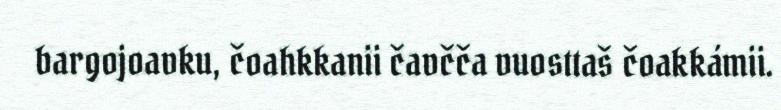
bargojoavku, čoahkkanii čavčča vuosttaš čoakkámii.